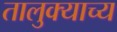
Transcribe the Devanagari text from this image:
तालुक्याच्य